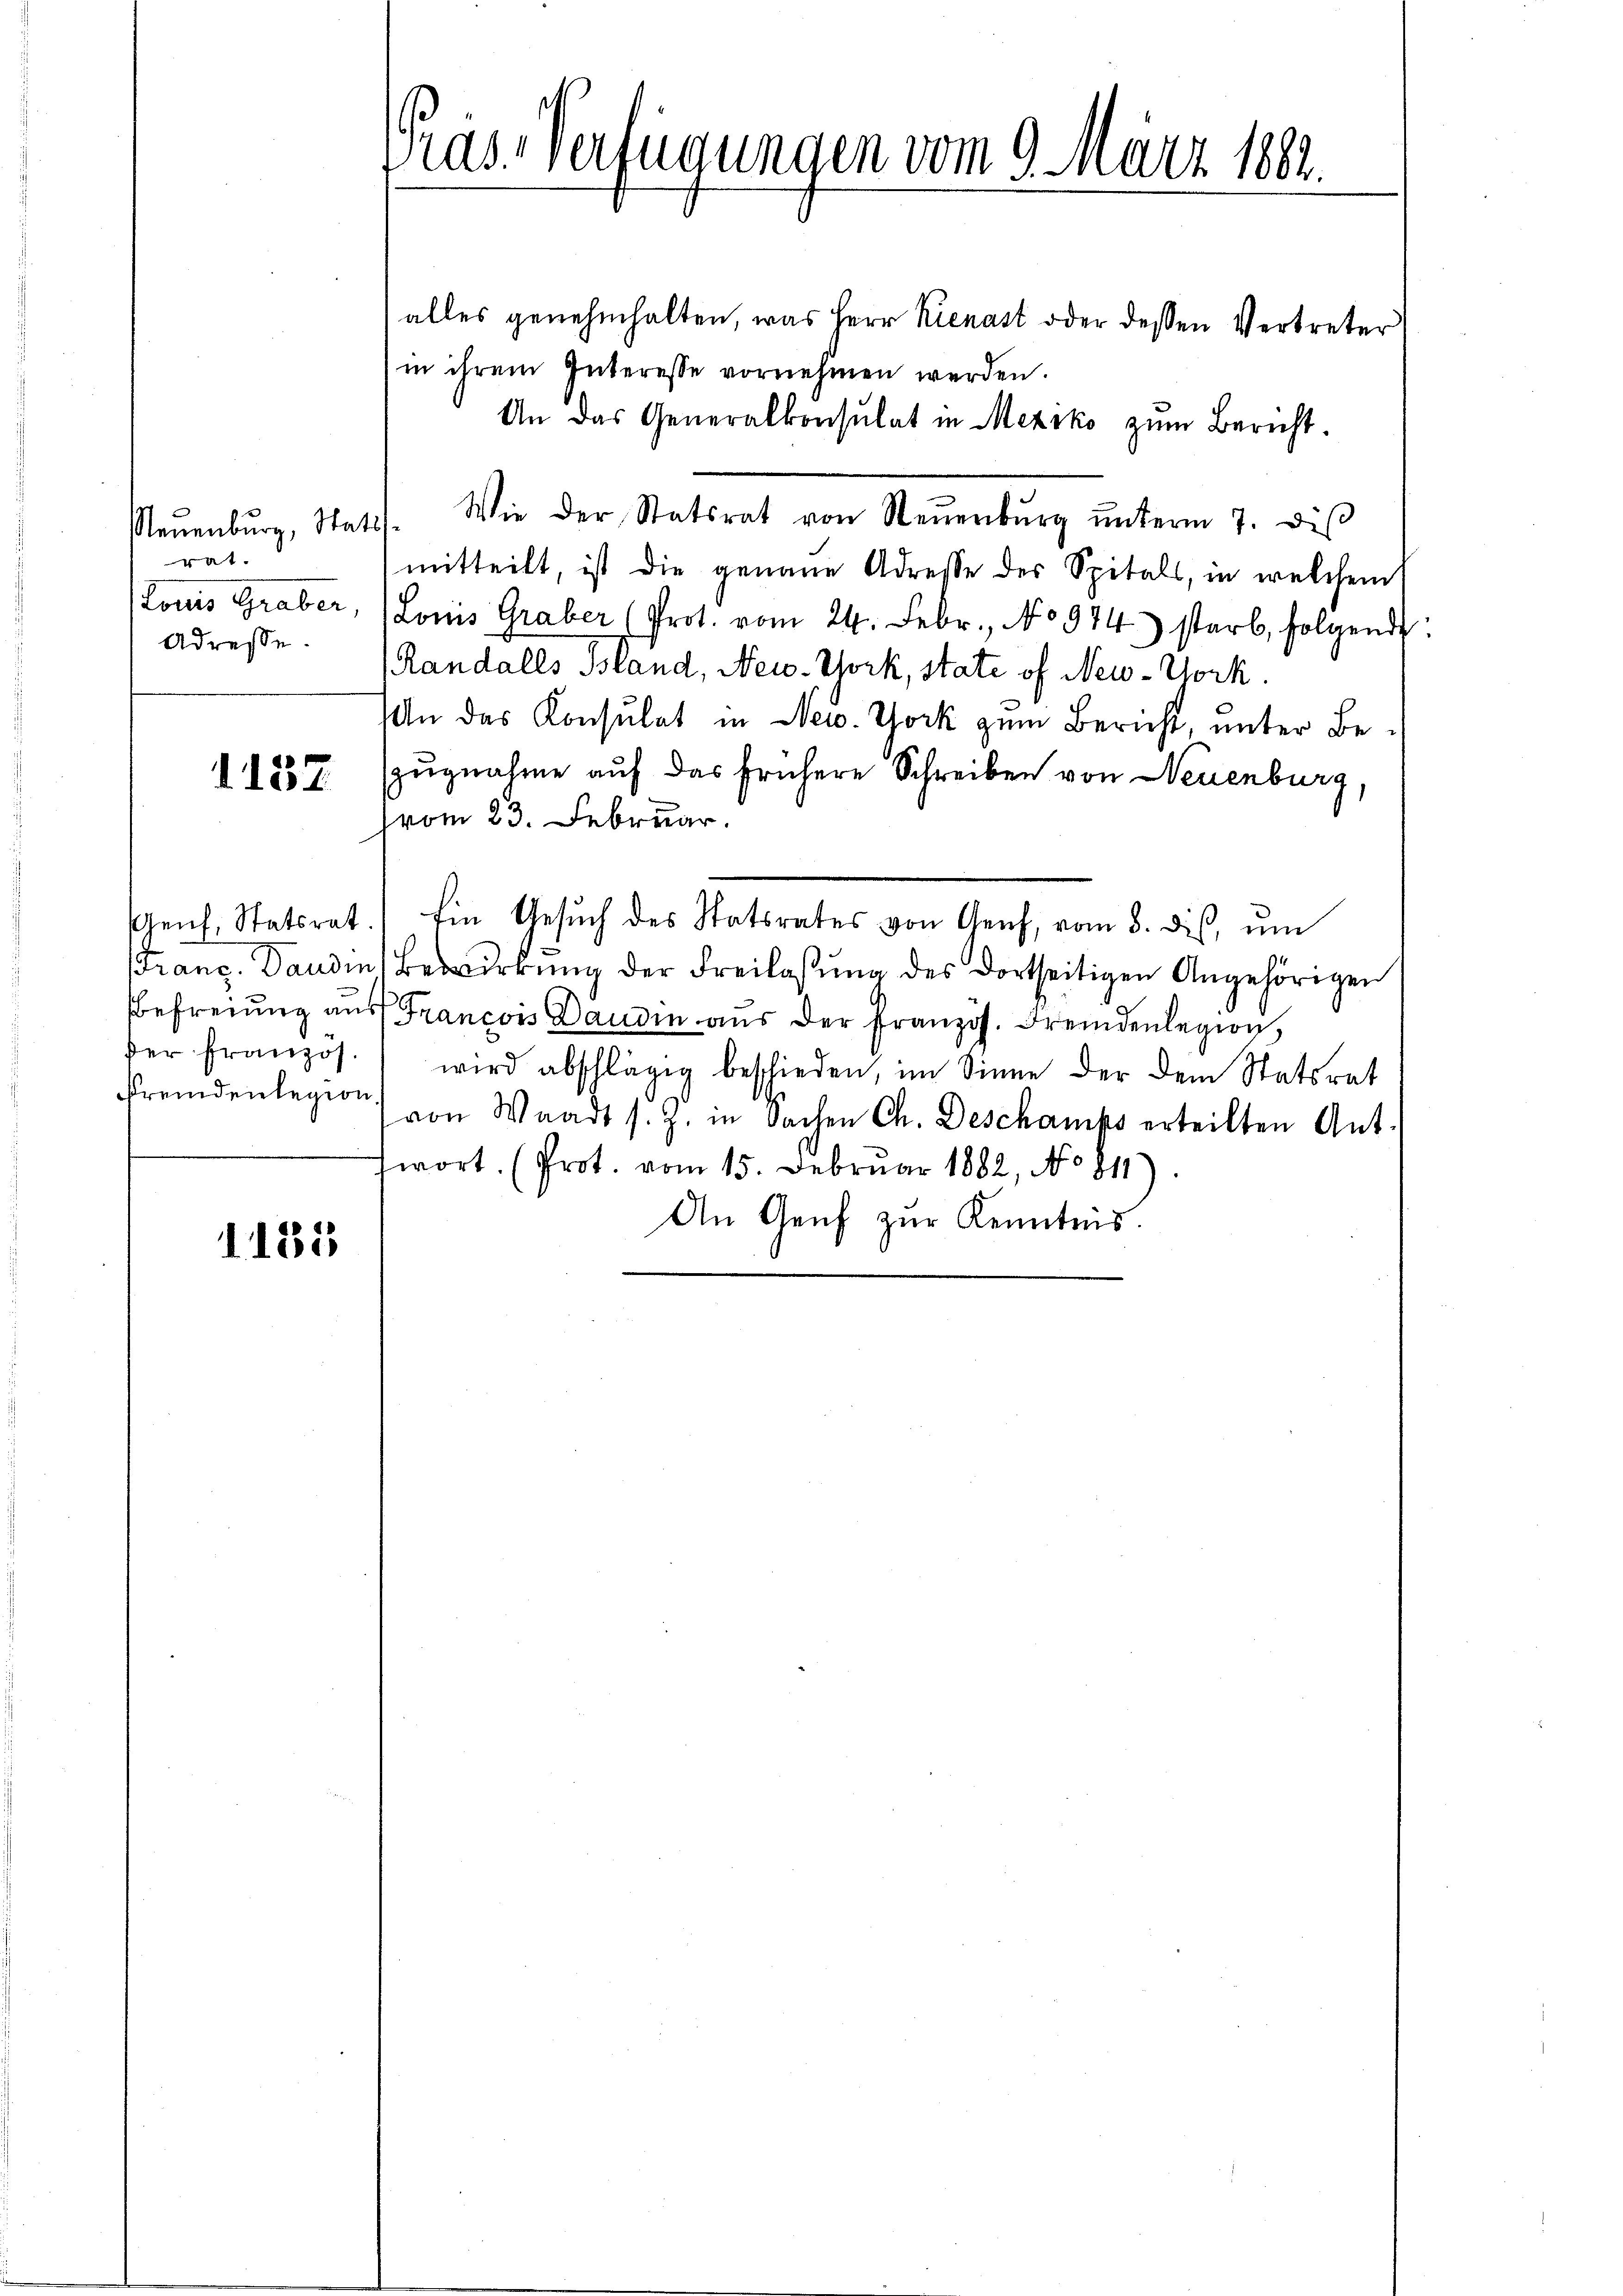
Neuenburg, Statis.
pat
Louis Graber,
Adresse.

1157.

der Französ.
Fremdenlegion.

1135

Pras-Verfügungen vom 9. März 1882.

alles genehmhalten, was Herr Kienast oder dessen Vertreter
in ihrem Interesse vornehmen werden.
An das Generalkonsulat in Mexiko zum Bericht.
Wie der Statsrat von Steŭerbŭrg ŭnterm 7. Dis
mitteilt, ist die genaue Adresse des Spitals, in welchem
Lonis Graber (Prot. vom 24. Febr., No 974) starb, folgende
(Randalls Bland, New-York, state of New-York.
An das Konsulat in New York zum Bericht, unter Bezugnahme auf das frühere Schreiben von Neuenburg,
(vom 23. Februar.
Genf, Statsrat. Ein Gesŭch des Statsrates von Genf, vom 8. dis ŭm
Franz. Dandin Bewirkung der Freilassung des dortseitigen Angehörigen
Befreiung aus Francois Banden aus der französ. Fremdenlegion,
wird abschlägig beschieden, im Sinne der dem Statsrat
von Waadt s. Z. in Sachen Ch. Deschanks erteilten Ant.
twort. (Prot. vom 15. Februar 1882, No 811).
An Genf zur Kenntnis.